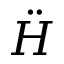
\ddot { H }